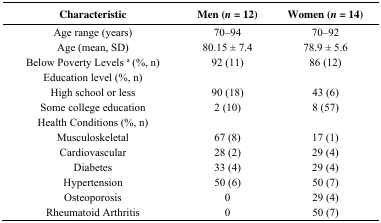
<table><thead><tr><td><b>Characteristic</b></td><td><b>Men (<i>n</i> = 12)</b></td><td><b>Women (<i>n</i> = 14)</b></td></tr></thead><tbody><tr><td>Age range (years)</td><td>70–94</td><td>70–92</td></tr><tr><td>Age (mean, SD)</td><td>80.15 ± 7.4</td><td>78.9 ± 5.6</td></tr><tr><td>Below Poverty Levels <sup>a</sup> (%, n) </td><td>92 (11) </td><td>86 (12) </td></tr><tr><td>Education level (%, n)</td><td></td><td></td></tr><tr><td>High school or less</td><td>90 (18)</td><td>43 (6)</td></tr><tr><td>Some college education</td><td>2 (10)</td><td>8 (57)</td></tr><tr><td>Health Conditions (%, n)</td><td></td><td></td></tr><tr><td>Musculoskeletal</td><td>67 (8)</td><td>17 (1)</td></tr><tr><td>Cardiovascular </td><td>28 (2)</td><td>29 (4)</td></tr><tr><td>Diabetes</td><td>33 (4)</td><td>29 (4)</td></tr><tr><td>Hypertension</td><td>50 (6)</td><td>50 (7)</td></tr><tr><td>Osteoporosis</td><td>0</td><td>29 (4)</td></tr><tr><td>Rheumatoid Arthritis</td><td>0</td><td>50 (7)</td></tr></tbody></table>